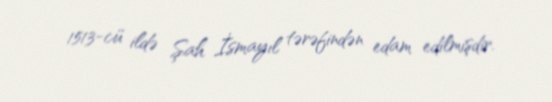
1513-cü ildə Şah İsmayıl tərəfindən edam edilmişdir.